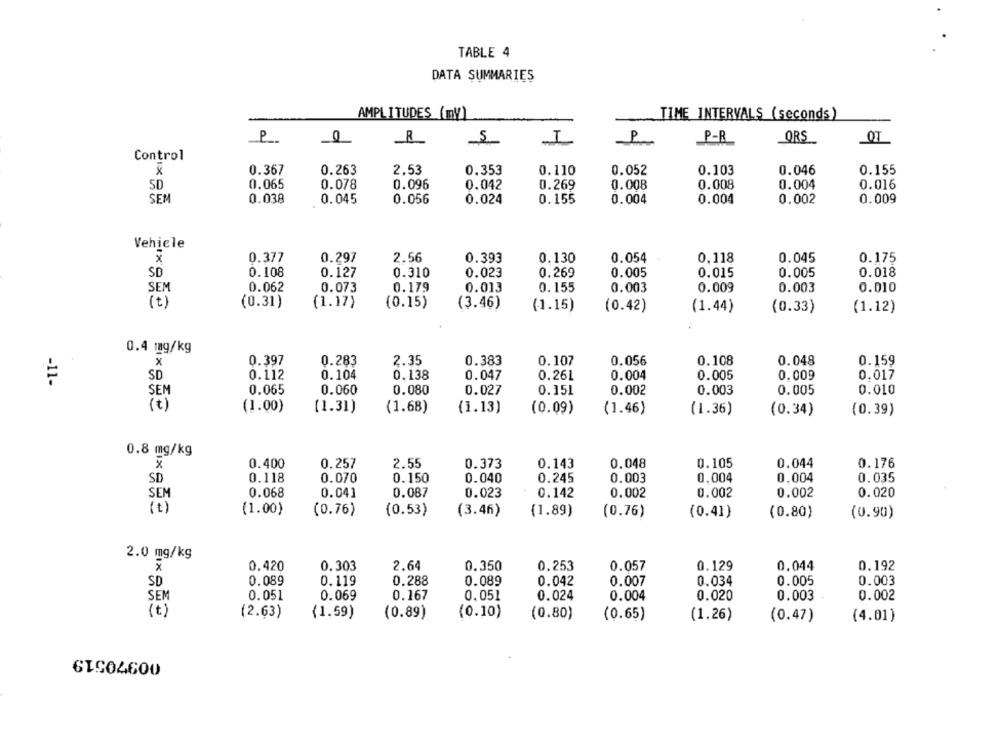
TABLE 4
DATA SUMMARIES
AMPLITUDES (my)
TIME INTERVALS (seconds)
5
I
P
P-R
ORS
OT
Control
0.367
0.263
2.53
0.353
0.110
0.052
0.103
0.046
0.155
SD
0.065
0.078
0.096
0.042
0.269
0.008
0.008
0.004
0.016
SEM
0.038
0.045
0.056
0.024
0.155
0.004
0.004
0.002
0.009
Vehicle
x
0.377
0.297
2.56
0.393
0.130
0.054
0.118
0.045
0.175
SD
0.108
0.127
0.310
0.023
0.269
0.005
0.015
0.005
0.018
SEM
0.062
0.073
0.179
0.013
0. 155
0.003
0.009
0.003
0.010
(t)
(0.31)
(1.17)
(0.15)
(3.46)
(1.15)
(0.42)
(1.44)
(0.33)
(1.12)
0.4 mg/kg
x
0.397
0.283
2.35
0.383
0.107
0.056
0.108
0.048
0.159
SD
0.112
0.104
0.138
0.047
0.26L
0.004
0.005
0.009
0.017
-11-
SEM
0.065
0.060
0.080
0.027
0.151
0.002
0.003
0.005
0.010
(t)
(1.00)
(1.68)
(1.13)
(0.09)
(1.31)
(1.46)
(1.36)
(0.34)
(0.39)
0.8 mg/kg
x
0.400
0.257
2.55
0.373
0.143
0.048
0.105
0.044
0.176
SD
0.118
0.070
0.150
0.040
0.245
0.003
0,004
0,004
0.035
SEM
0.068
0.041
0.087
0.023
0.142
0.002
0.002
0.002
0.020
(1.00)
(0.76)
(0.53)
(3.46)
(1.89)
(0.76)
(0.41)
(0.80)
(0.90)
2.0 mg/kg
x
0.420
0.303
2.64
0.350
0.253
0.057
0.129
0.044
0.192
SD
0.089
0.119
0.288
0.089
0.042
0.007
0.034
0.005
0.003
SEM
0.051
0.069
0.167
0.051
0.024
0.004
0.020
0.003
0.002
(t)
(2.63)
(1.59)
(0.89)
(0.10)
(0.80)
(0.65)
(1.26)
(0.47)
(4.01)
GIS04600